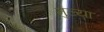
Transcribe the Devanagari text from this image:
मुल्या